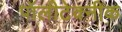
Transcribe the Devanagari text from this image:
पॉलीटेक्नीक